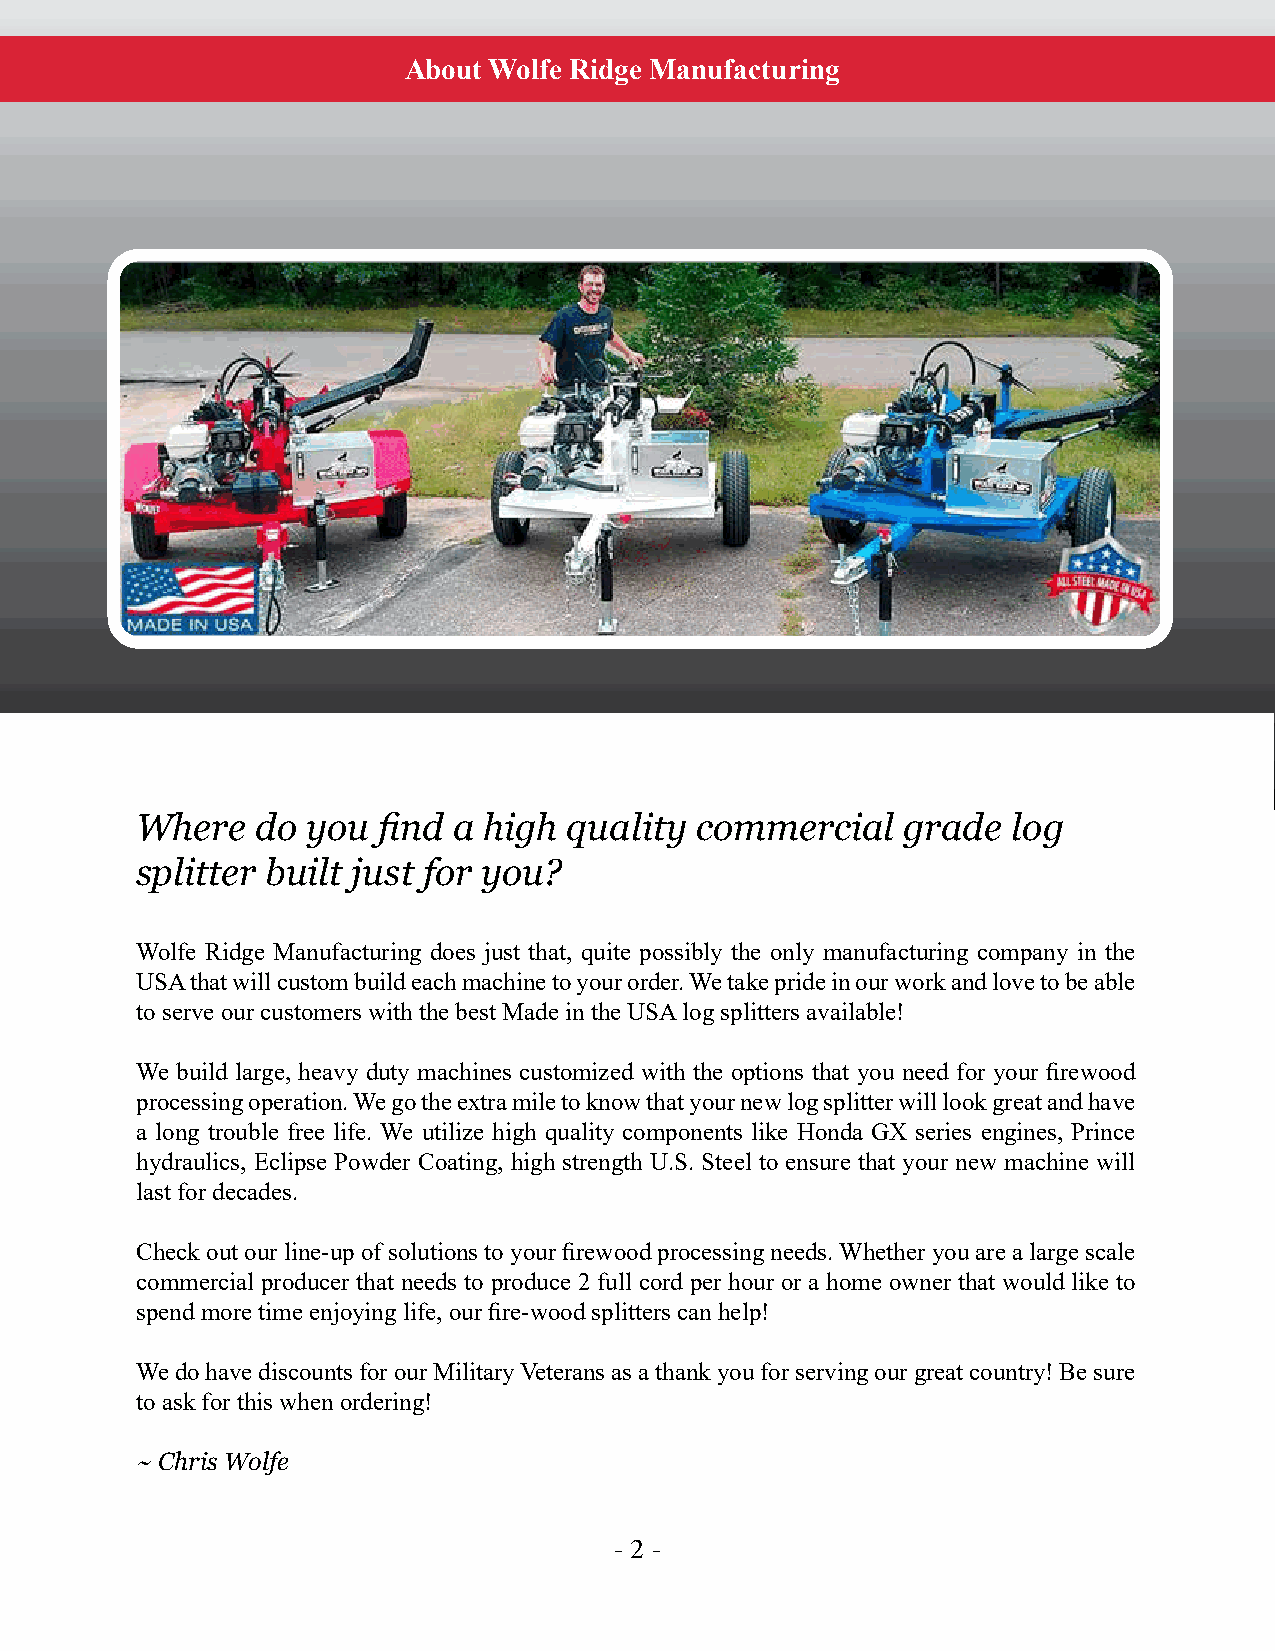
About Wolfe Ridge Manufacturing
 Intentionally Blank Page
 Where   do you  find a high  quality commercial    grade  log
 splitter built just for you?
 Wolfe Ridge Manufacturing does just that, quite possibly the only manufacturing company in the
 USA that will custom build each machine to your order. We take pride in our work and love to be able
 to serve our customers with the best Made in the USA log splitters available!
 We build large, heavy duty machines customized with the options that you need for your firewood
 processing operation. We go the extra mile to know that your new log splitter will look great and have
 a long trouble free life. We utilize high quality components like Honda GX series engines, Prince
 hydraulics, Eclipse Powder Coating, high strength U.S. Steel to ensure that your new machine will
 last for decades.
 Check out our line-up of solutions to your firewood processing needs. Whether you are a large scale
 commercial producer that needs to produce 2 full cord per hour or a home owner that would like to
 spend more time enjoying life, our fire-wood splitters can help!
 We do have discounts for our Military Veterans as a thank you for serving our great country! Be sure
 to ask for this when ordering!
 ~ Chris Wolfe
 -- 22 --